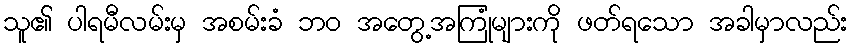
သူ၏ ပါရမီလမ်းမှ အစမ်းခံ ဘဝ အတွေ့အကြုံများကို ဖတ်ရသော အခါမှာလည်း